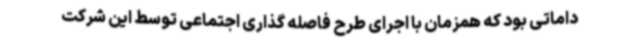
داماتی بود که همزمان با اجرای طرح فاصله گذاری اجتماعی توسط این شرکت